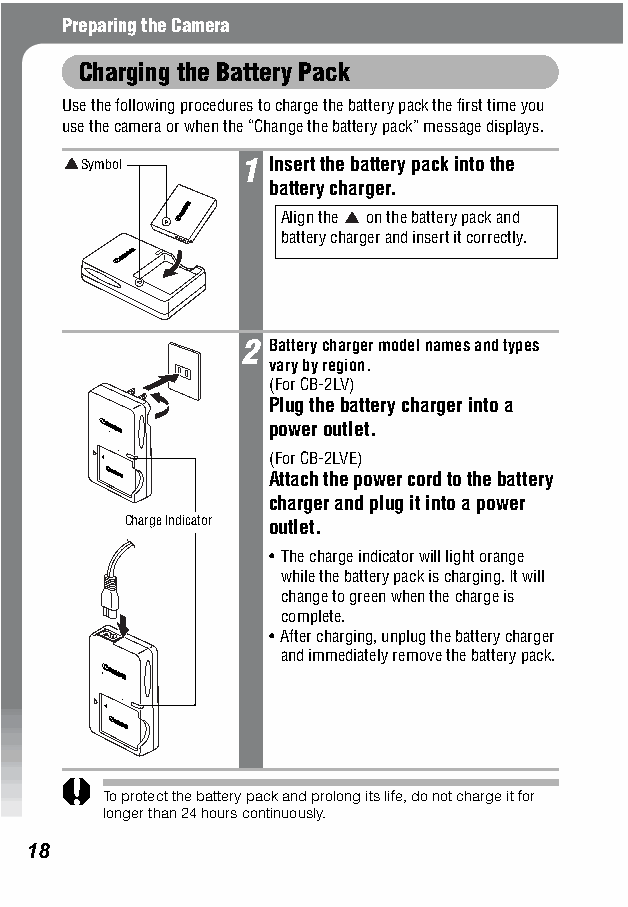
Preparing the Camera
 Charging the Battery Pack
 Use the following procedures to charge the battery pack the first time you
 use the camera or when the “Change the battery pack” message displays.
 Symbol    1 Insert the battery pack into the
 battery charger.
 Align the on the battery pack and
 battery charger and insert it correctly.
 2 Battery charger model names and types
 vary by region.
 (For CB-2LV)
 Plug the battery charger into a
 power outlet.
 (For CB-2LVE)
 Attach the power cord to the battery
 charger and plug it into a power
 Charge Indicator outlet.
 •The charge indicator will light orange
 while the battery pack is charging. It will
 change to green when the charge is
 complete.
 •After charging, unplug the battery charger
 and immediately remove the battery pack.
 To protect the battery pack and prolong its life, do not charge it for
 longer than 24 hours continuously.
 18